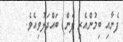
ފެނާއި ބިމުންއެރި ފެން) ބައްދަލުވިއެވެ.